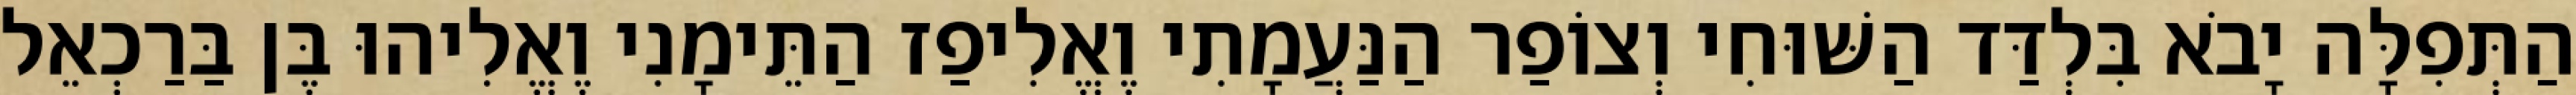
הַתְּפִלָּה יָבֹא בִּלְדַּד הַשּׁוּחִי וְצוֹפַר הַנַּעֲמָתִי וֶאֱלִיפַז הַתֵּימָנִי וֶאֱלִיהוּ בֶּן בַּרַכְאֵל